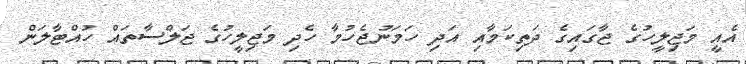
އެއީ މަޖިލީހުގެ ޖާގައިގެ ދަތިކަމާއި އަދި ހަމަނުޖެހުމާ ހެދި މަޖިލީހުގެ ޖަލްސާތައް ހުއްޓާލަން